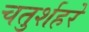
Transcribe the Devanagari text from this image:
चतुर्शहरे